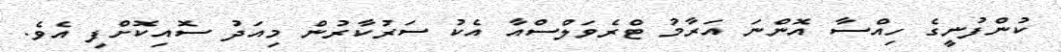
ކުންފުނީގެ ހިއްސާ އޮންނަ އަރާމު ޓްރެވަލްސްއާ އެކު ސަރުކާރުން މިއަދު ސޮއިކޮށްފި އެވެ.